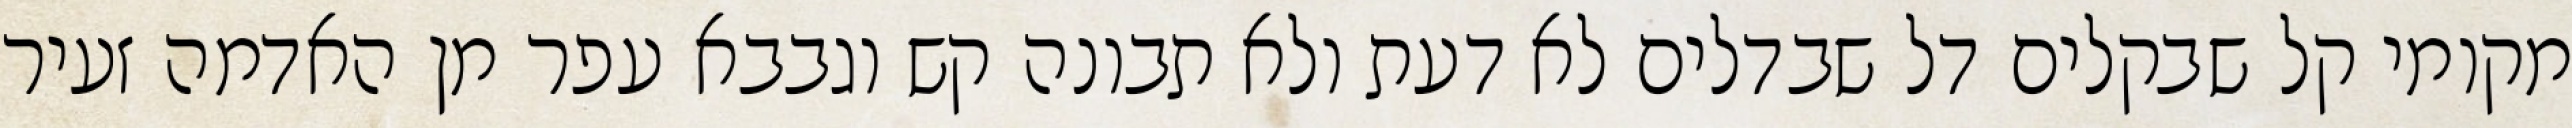
מקומי קל שבקלים דל שבדלים לא דעת ולא תבונה קש וגבבא עפר מן האדמה זעיר